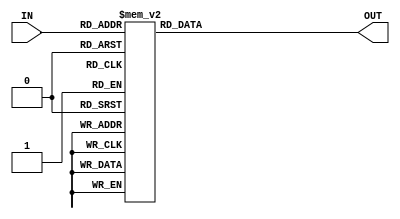
module char_decoder(
        output reg [127:0] OUT,
        input [6:0] IN
    );
    always @(*)
    begin
        case(IN[6:0])
            7'd32: OUT = {128{1'b0}}; // space
            7'd33: OUT = { {8{1'b0}}, {6{8'b00010000}}, 8'b00000000, 8'b00010000, {56{1'b0}}}; // "!"
            7'd34: OUT = {24'b00010100_00010100_00101000, {104{1'b0}}}; // '"'
            7'd35: OUT = {72'b00000000_00010100_00010100_01111110_00101000_00101000_11111100_01010000_01010000, {56{1'b0}}}; // "#"
            7'd36: OUT = {72'b00000000_00010000_00111100_01010000_01010000_00111000_00010100_00010100_01111000_00010000, {56{1'b0}}}; // "$"
            7'd37: OUT = {72'b00000000_01000100_10101000_10101000_01010000_00010100_00101010_00101010_01000100, {56{1'b0}}}; // "%"
            7'd38: OUT = {72'b00000000_00110000_01001000_01001000_00110010_01001010_01000100_01000100_00111010, {56{1'b0}}}; // "&"
            7'd39: OUT = {24'b00001000_00001000_00010000, {104{1'b0}}};// "'" single quote
            7'd40: OUT = {88'b00001000_00010000_00010000_00100000_00100000_00100000_00100000_00100000_00010000_00010000_00001000, {40{1'b0}}}; // "("
            7'd41: OUT = {88'b00100000_00010000_00010000_00001000_00001000_00001000_00001000_00001000_00010000_00010000_00100000, {40{1'b0}}}; // ")"
            7'd42: OUT = {{24{1'b0}}, 40'b00010000_01010100_00111000_01010100_00010000, {64{1'b0}}}; // "*" 
            7'd43: OUT = {{16{1'b0}}, 40'b00010000_00010000_01111100_00010000_00010000, {72{1'b0}}}; // "+"
            7'd44: OUT = {{56{1'b0}}, 32'b00001000_00001000_00001000_00010000,{40{1'b0}}}; // ','
            7'd45: OUT = {{40{1'b0}}, 8'b00111100 , {80{1'b0}}};// '-'
            7'd46: OUT = {{56{1'b0}}, 16'b00010000_00010000, {56{1'b0}}};// '.'
            7'd47: OUT = {80'b00000100_00000100_00001000_00001000_00010000_00010000_00100000_00100000_01000000_01000000, {48{1'b0}}};// '/'
            7'd48: OUT = {72'b00000000_00111000_01000100_01001100_01010100_01010100_01100100_01000100_00111000, {56{1'b0}}}; // '0'
            7'd49: OUT = {72'b00000000_00010000_00110000_01010000_00010000_00010000_00010000_00010000_01111100, {56{1'b0}}}; // '1'
            7'd50: OUT = {72'b00000000_00111000_01000100_00000100_00001000_00010000_00100000_01000000_01111100, {56{1'b0}}}; // '2'
            7'd51: OUT = {72'b00000000_00111000_01000100_00000100_00011000_00000100_00000100_01000100_00111000, {56{1'b0}}}; // '3'
            7'd52: OUT = {72'b00000000_00000100_00001100_00010100_00100100_01000100_01111110_00000100_00000100, {56{1'b0}}}; // '4'
            7'd53: OUT = {72'b00000000_01111100_01000000_01000000_01111000_00000100_00000100_01000100_00111000, {56{1'b0}}}; // '5'
            7'd54: OUT = {72'b00000000_00011000_00100000_01000000_01111000_01000100_01000100_01000100_00111000, {56{1'b0}}}; // '6'
            7'd55: OUT = {72'b00000000_01111100_00000100_00001000_00001000_00010000_00010000_00100000_00100000, {56{1'b0}}}; // '7'
            7'd56: OUT = {72'b00000000_00111000_01000100_01000100_00111000_01000100_01000100_01000100_00111000, {56{1'b0}}}; // '8'
            7'd57: OUT = {72'b00000000_00111000_01000100_01000100_01000100_00111100_00000100_00001000_00110000, {56{1'b0}}}; // '9'
            7'd58: OUT = {{24{1'b0}}, 40'b00010000_00010000_00000000_00010000_00010000, {64{1'b0}}}; // ":"
            7'd59: OUT = {88'b00000000_00000000_00000000_00001000_00001000_00000000_00000000_00001000_00001000_00001000_00010000, {40{1'b0}}};// ';'
            7'd60: OUT = {{24{1'b0}}, 40'b00000110_00011000_01100000_00011000_00000110, {64{1'b0}}}; // "<"
            7'd61: OUT = {{32{1'b0}}, 24'b01111110_00000000_01111110, {72{1'b0}}};// '='
            7'd62: OUT = {{24{1'b0}}, 40'b01100000_00011000_00000110_00011000_01100000, {64{1'b0}}}; // ">"
            7'd63: OUT = {72'b00000000_00111000_01000100_00000100_00001000_00010000_0001000_00000000_00001000, {56{1'b0}}}; // "?"
            7'd64: OUT = {{8{1'b0}}, 64'b00111000_01000100_10011010_10101010_10101010_10011100_01000000_00111101, {56{1'b0}}}; // "@"
            7'd65: OUT = {72'b00000000_00011000_00011000_00100100_00100100_00111100_01000010_01000010_01000010, {56{1'b0}}}; // 'A'
            7'd66: OUT = {72'b00000000_01111000_01000100_01000100_01111100_01000010_01000010_01000010_01111100, {56{1'b0}}}; // 'B'
            7'd67: OUT = {72'b00000000_00011100_00100010_01000000_01000000_01000000_01000000_00100010_00011100, {56{1'b0}}}; // 'C'
            7'd68: OUT = {72'b00000000_01111000_01000100_01000010_01000010_01000010_01000010_01000100_01111000, {56{1'b0}}}; // 'D'
            7'd69: OUT = {72'b00000000_01111110_01000000_01000000_01111000_01000000_01000000_01000000_01111110, {56{1'b0}}}; // 'E'
            7'd70: OUT = {72'b00000000_01111110_01000000_01000000_01111000_01000000_01000000_01000000_01000000, {56{1'b0}}}; // 'F'
            7'd71: OUT = {72'b00000000_00011100_00100010_01000000_01000000_01001110_01000010_00100010_00011100, {56{1'b0}}}; // 'G'
            7'd72: OUT = {72'b00000000_01000010_01000010_01000010_01111110_01000010_01000010_01000010_01000010, {56{1'b0}}}; // 'H'
            7'd73: OUT = {72'b00000000_00111000_00010000_00010000_00010000_00010000_00010000_00010000_00111000, {56{1'b0}}}; // 'I'
            7'd74: OUT = {72'b00000000_00001110_00000010_00000010_00000010_00000010_00000010_00000010_00011110, {56{1'b0}}}; // 'J'
            7'd75: OUT = {72'b00000000_01000010_01000100_01001000_01010000_01110000_01001000_01000100_01000010, {56{1'b0}}}; // 'K'
            7'd76: OUT = {72'b00000000_01000000_01000000_01000000_01000000_01000000_01000000_01000000_01111110, {56{1'b0}}}; // 'L'
            7'd77: OUT = {72'b00000000_11000110_11000110_10101010_10101010_10010010_10010010_10000010_10000010, {56{1'b0}}}; // 'M'
            7'd78: OUT = {72'b00000000_01100010_01100010_01010010_01010010_01001010_01001010_01000110_01000110, {56{1'b0}}}; // 'N'
            7'd79: OUT = {72'b00000000_00011000_00100100_01000010_01000010_01000010_01000010_00100100_00011000, {56{1'b0}}}; // 'O'
            7'd80: OUT = {72'b00000000_01111000_01000100_01000100_01000100_01111000_01000000_01000000_01000000, {56{1'b0}}}; // 'P'
            7'd81: OUT = {80'b00000000_00011000_00100100_01000010_01000010_01000010_01000010_00100100_00011010_00000010, {48{1'b0}}}; // 'Q'
            7'd82: OUT = {72'b00000000_01111000_01000100_01000100_01000100_01111000_01001000_01000100_01000010, {56{1'b0}}}; // 'R'
            7'd83: OUT = {72'b00000000_00111100_01000010_01000000_00110000_00001100_00000010_01000010_00111100, {56{1'b0}}}; // 'S'
            7'd84: OUT = {72'b00000000_11111110_00010000_00010000_00010000_00010000_00010000_00010000_00010000, {56{1'b0}}}; // 'T'
            7'd85: OUT = {72'b00000000_01000010_01000010_01000010_01000010_01000010_01000010_01000010_00111100, {56{1'b0}}}; // 'U'
            7'd86: OUT = {72'b00000000_10000010_10000010_01000100_01000100_00101000_00101000_00010000_00010000, {56{1'b0}}}; // 'V'
            7'd87: OUT = {72'b00000000_10000010_10010010_10010010_10101010_10101010_01101100_01000100_01000100, {56{1'b0}}}; // 'W'
            7'd88: OUT = {72'b00000000_01000010_01000010_00100100_00011000_00011000_00100100_01000010_01000010, {56{1'b0}}}; // 'X'
            7'd89: OUT = {72'b00000000_10000010_10000010_01000100_00101000_00010000_00010000_00010000_00010000, {56{1'b0}}}; // 'Y'
            7'd90: OUT = {72'b00000000_01111110_00000010_00000100_00001000_00010000_00100000_01000000_01111110, {56{1'b0}}}; // 'Z'
            7'd91: OUT = {88'b00111000_00100000_00100000_00100000_00100000_00100000_00100000_00100000_00100000_00100000_00111000, {40{1'b0}}};// '['
            7'd92: OUT = {80'b01000000_01000000_00100000_00100000_00010000_00010000_00001000_00001000_00000100_00000100, {48{1'b0}}};// '\'
            7'd93: OUT = {88'b00111000_00001000_00001000_00001000_00001000_00001000_00001000_00001000_00001000_00001000_00111000, {40{1'b0}}};// ']'
            7'd94: OUT = {48'b00010000_00010000_00101000_00101000_01000100_01000100, {80{1'b0}}}; // "^"
            7'd95: OUT = {{72{1'b0}}, 8'b11111110, {48{1'b0}}}; // "_"    
            7'd96: OUT =   {16'b00010000_00001000, {112{1'b0}}};// '`'  
            
            7'd97: OUT = {72'b00000000_00000000_00000000_00111000_00000100_00111100_01000100_01000100_00111100, {56{1'b0}}}; // 'a'
            7'd98: OUT = {72'b00000000_01000000_01000000_01111000_01000100_01000100_01000100_01000100_01111000, {56{1'b0}}}; // 'b'
            7'd99: OUT = {72'b00000000_00000000_00000000_00111000_01000100_01000000_01000000_01000100_00111000, {56{1'b0}}}; // 'c'
            7'd100: OUT = {72'b00000000_00000100_00000100_00111100_01000100_01000100_01000100_01000100_00111100, {56{1'b0}}}; // 'd'
            7'd101: OUT = {72'b00000000_00000000_00000000_00111000_01000100_01111100_01000000_01000100_00111000, {56{1'b0}}}; // 'e'
            7'd102: OUT = {72'b00000000_00011100_00100000_00100000_01111000_00100000_00100000_00100000_00100000, {56{1'b0}}}; // 'f'
            7'd103: OUT = {96'b00000000_00000000_00000000_00110100_01001000_01001000_00110000_01000000_00111100_01000010_01000010_00111100, {32{1'b0}}}; // 'g'
            7'd104: OUT = {72'b00000000_01000000_01000000_01000000_01110000_01001000_01001000_01001000_01001000, {56{1'b0}}}; // 'h'
            7'd105: OUT = {72'b00000000_00000000_00010000_00000000_00110000_00010000_00010000_00010000_00010000, {56{1'b0}}}; // 'i'
            7'd106: OUT = {88'b00000000_00000000_00000100_00000000_00001100_00000100_00000100_00000100_00000100_00000100_00111000, {40{1'b0}}}; // 'j'
            7'd107: OUT = {72'b00000000_01000000_01000000_01000100_01001000_01010000_01110000_01001000_01000100, {56{1'b0}}}; // 'k'
            7'd108: OUT = {72'b00000000_00110000_00010000_00010000_00010000_00010000_00010000_00010000_00001000, {56{1'b0}}}; // 'l'
            7'd109: OUT = {72'b00000000_00000000_00000000_01101000_01010100_01010100_01010100_01010100_01010100, {56{1'b0}}}; // 'm'
            7'd110: OUT = {72'b00000000_00000000_00000000_01111000_01000100_01000100_01000100_01000100_01000100, {56{1'b0}}}; // 'n'
            7'd111: OUT = {72'b00000000_00000000_00000000_00111000_01000100_01000100_01000100_01000100_00111000, {56{1'b0}}}; // 'O'
            7'd112: OUT = {96'b00000000_00000000_00000000_01111000_01000100_01000100_01000100_01000100_01111000_01000000_01000000_01000000, {32{1'b0}}}; // 'p'
            7'd113: OUT = {96'b00000000_00000000_00000000_00111100_01000100_01000100_01000100_01000100_00111100_00000100_00000100_00000100, {32{1'b0}}}; // 'q'
            7'd114: OUT = {72'b00000000_00000000_00000000_01011000_01100100_01000000_01000000_01000000_01000000, {56{1'b0}}}; // 'r'
            7'd115: OUT = {72'b00000000_00000000_00000000_00111100_01000000_00110000_00001000_00000100_01111000, {56{1'b0}}}; // 's'
            7'd116: OUT = {72'b00000000_01000000_01000000_01111000_01000000_01000000_01000000_01000000_00111000, {56{1'b0}}}; // 't'
            7'd117: OUT = {72'b00000000_00000000_00000000_01000100_01000100_01000100_01000100_01000100_00111100, {56{1'b0}}}; // 'u'
            7'd118: OUT = {72'b00000000_00000000_00000000_01000100_01000100_00101000_00101000_00010000_00010000, {56{1'b0}}}; // 'v'
            7'd119: OUT = {72'b00000000_00000000_00000000_01000100_01010100_01010100_01010100_00101000_00101000, {56{1'b0}}}; // 'w'
            7'd120: OUT = {72'b00000000_00000000_00000000_01000100_00101000_00010000_00010000_00101000_01000100, {56{1'b0}}}; // 'x'
            7'd121: OUT = {96'b00000000_00000000_00000000_01000100_01000100_00101000_00101000_00101000_00010000_00010000_00010000_00100000, {32{1'b0}}}; // 'y'
            7'd122: OUT = {72'b00000000_00000000_00000000_01111100_00000100_00001000_00010000_00100000_01111100, {56{1'b0}}}; // 'z'
            7'd123: OUT = {88'b00001100_00010000_00010000_00010000_00010000_01100000_00010000_00010000_00010000_00010000_00001100, {40{1'b0}}};// "{"
            7'd124: OUT = {{11{8'b00010000}}, {40{1'b0}}}; // "|"
            7'd125: OUT = {88'b01100000_00010000_00010000_00010000_00010000_00001100_00010000_00010000_00010000_00010000_01100000, {40{1'b0}}}; // "}"
            7'd126: OUT = {{32{1'b0}}, 16'b01110010_10011100, {80{1'b0}}}; // '~'
            
            default: OUT = {128{1'b0}}; // space AKA blank
        endcase
    end
endmodule